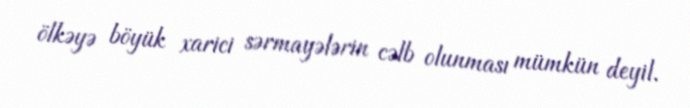
ölkəyə böyük xarici sərmayələrin cəlb olunması mümkün deyil.